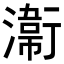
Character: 𭲸